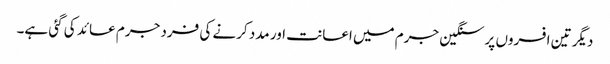
دیگر تین افسروں پر سنگین جرم میں اعانت اور مدد کرنے کی فرد جرم عائد کی گئی ہے۔